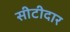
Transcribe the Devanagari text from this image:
सीटीदार